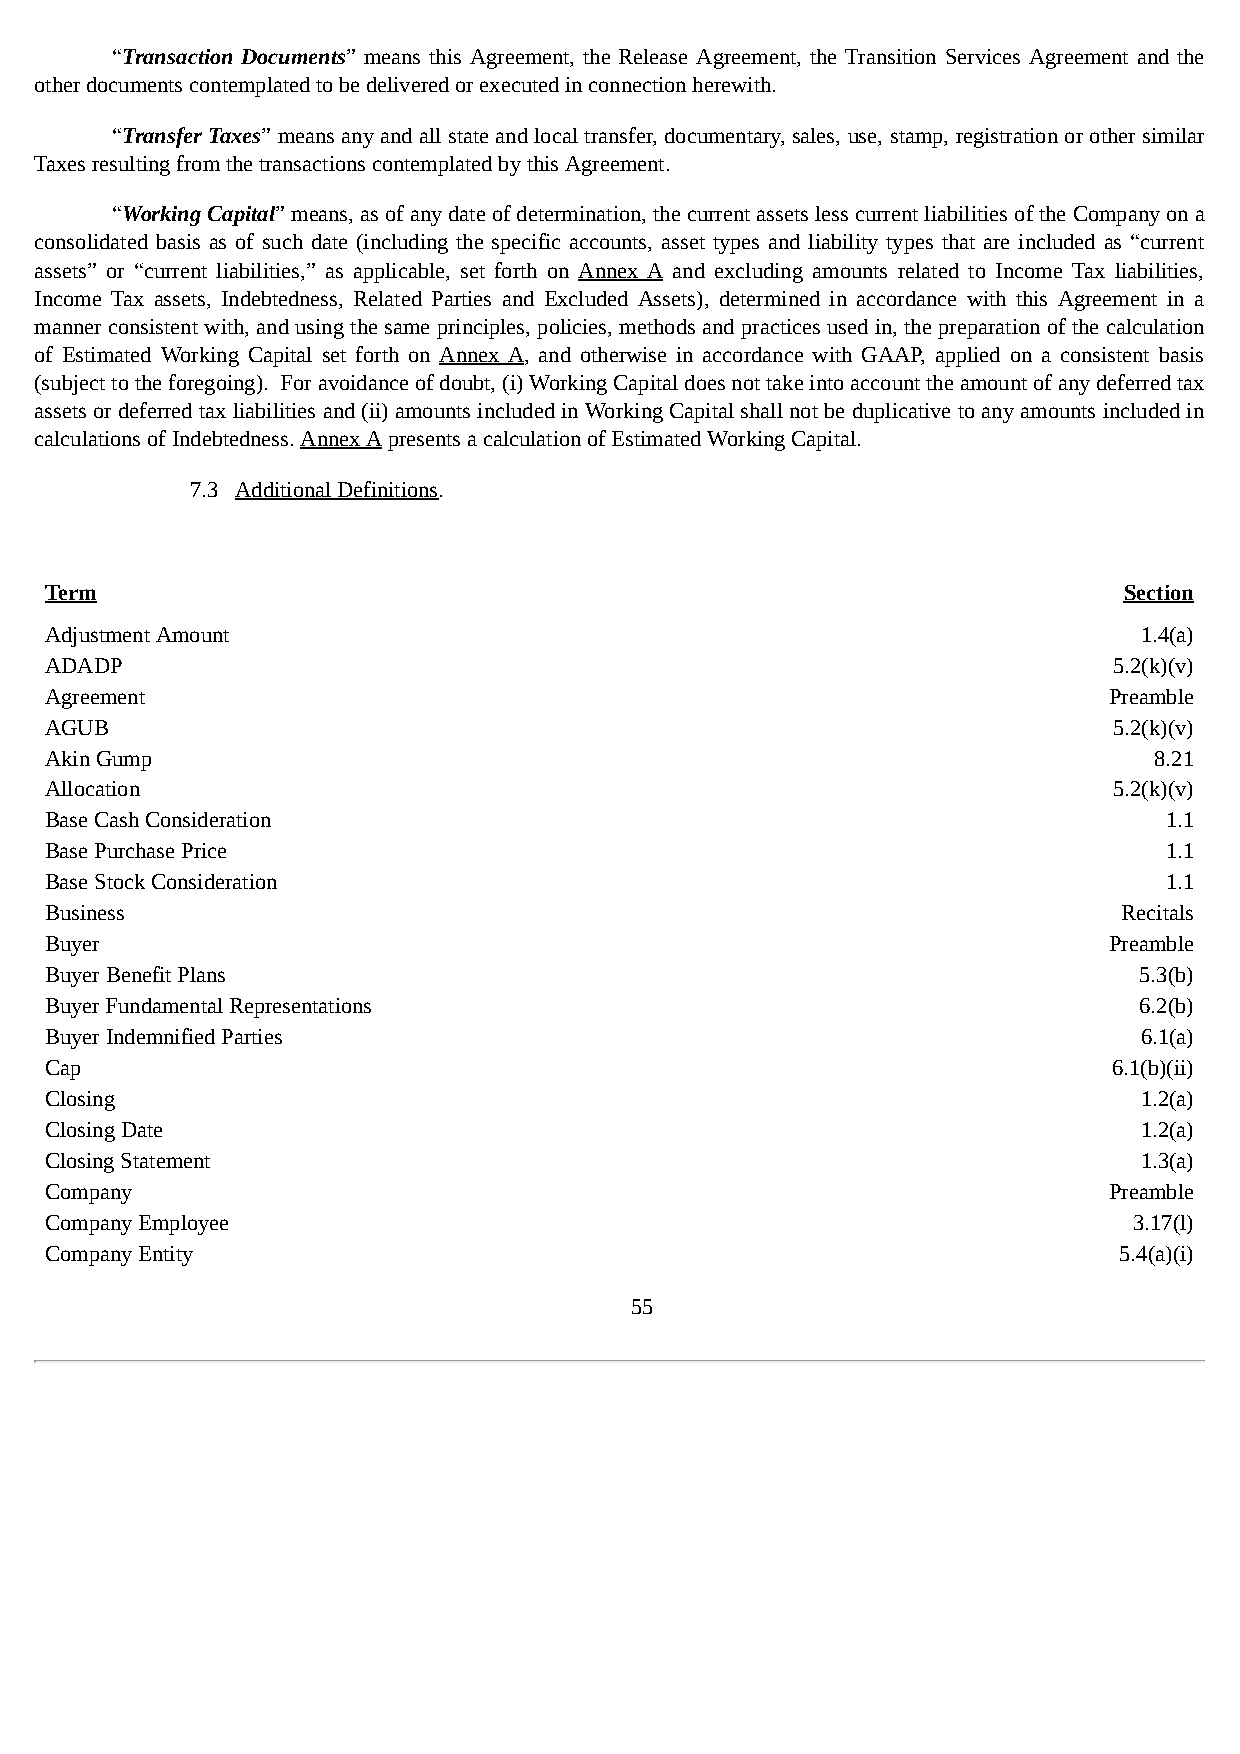
“Transaction Documents” means this Agreement, the Release Agreement, the Transition Services Agreement and the
 other documents contemplated to be delivered or executed in connection herewith.
 “Transfer Taxes” means any and all state and local transfer, documentary, sales, use, stamp, registration or other similar
 Taxes resulting from the transactions contemplated by this Agreement.
 “Working Capital” means, as of any date of determination, the current assets less current liabilities of the Company on a
 consolidated basis as of such date (including the specific accounts, asset types and liability types that are included as “current
 assets” or “current liabilities,” as applicable, set forth on Annex A and excluding amounts related to Income Tax liabilities,
 Income Tax assets, Indebtedness, Related Parties and Excluded Assets), determined in accordance with this Agreement in a
 manner consistent with, and using the same principles, policies, methods and practices used in, the preparation of the calculation
 of Estimated Working Capital set forth on Annex A, and otherwise in accordance with GAAP, applied on a consistent basis
 (subject to the foregoing). For avoidance of doubt, (i) Working Capital does not take into account the amount of any deferred tax
 assets or deferred tax liabilities and (ii) amounts included in Working Capital shall not be duplicative to any amounts included in
 calculations of Indebtedness. Annex A presents a calculation of Estimated Working Capital.
 7.3 Additional Definitions.
 Term                                                                   Section
 Adjustment Amount                                                       1.4(a)
 ADADP                                                                  5.2(k)(v)
 Agreement                                                             Preamble
 AGUB                                                                   5.2(k)(v)
 Akin Gump                                                                8.21
 Allocation                                                             5.2(k)(v)
 Base Cash Consideration                                                   1.1
 Base Purchase Price                                                       1.1
 Base Stock Consideration                                                  1.1
 Business                                                               Recitals
 Buyer                                                                 Preamble
 Buyer Benefit Plans                                                     5.3(b)
 Buyer Fundamental Representations                                       6.2(b)
 Buyer Indemnified Parties                                               6.1(a)
 Cap                                                                    6.1(b)(ii)
 Closing                                                                 1.2(a)
 Closing Date                                                            1.2(a)
 Closing Statement                                                       1.3(a)
 Company                                                               Preamble
 Company Employee                                                        3.17(l)
 Company Entity                                                         5.4(a)(i)
 55